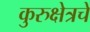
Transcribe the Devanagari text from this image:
कुरुक्षेत्रचे